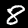
Digit: 8